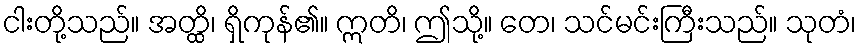
ငါးတို့သည်။ အတ္ထိ၊ ရှိကုန်၏။ ဣတိ၊ ဤသို့။ တေ၊ သင်မင်းကြီးသည်။ သုတံ၊